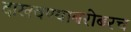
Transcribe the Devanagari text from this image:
दाखवण्याबरोबरच